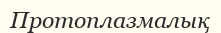
Протоплазмалық